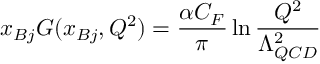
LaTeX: x _ { B j } G ( x _ { B j } , Q ^ { 2 } ) = \frac { \alpha C _ { F } } { \pi } \ln \frac { Q ^ { 2 } } { \Lambda _ { Q C D } ^ { 2 } }